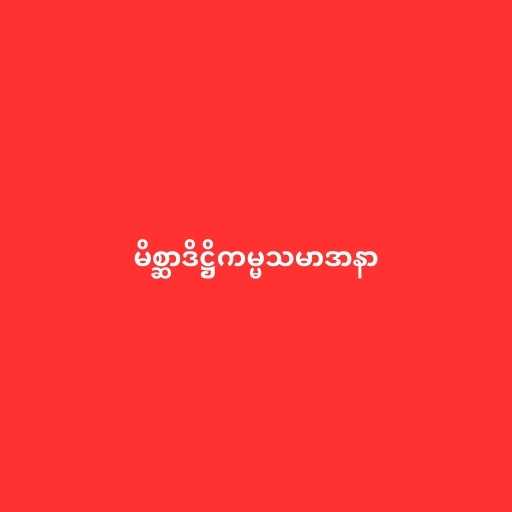
မိစ္ဆာဒိဋ္ဌိကမ္မသမာဒာနာ